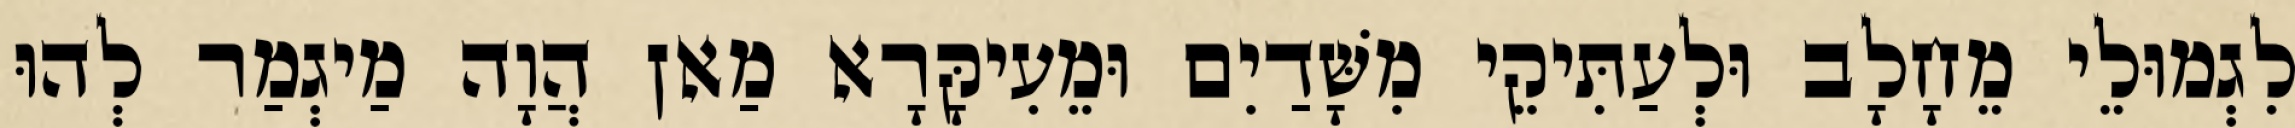
לִגְמוּלֵי מֵחָלָב וּלְעַתִּיקֵי מִשָּׁדַיִם וּמֵעִיקָּרָא מַאן הֲוָה מַיגְמַר לְהוּ